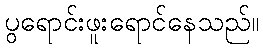
ပွရောင်းဖူးရောင်နေသည်။